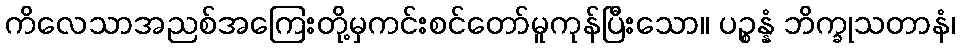
ကိလေသာအညစ်အကြေးတို့မှကင်းစင်တော်မူကုန်ပြီးသော။ ပဉ္စန္နံ ဘိက္ခုသတာနံ၊